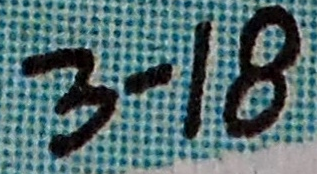
3-18